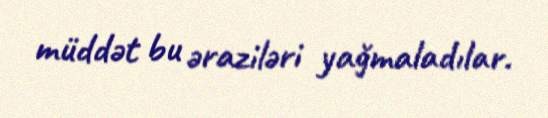
müddət bu əraziləri yağmaladılar.